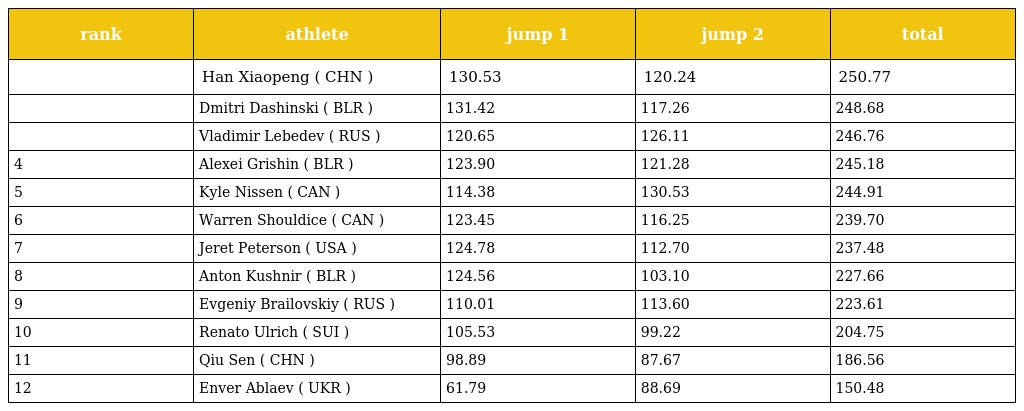
| rank | athlete | jump 1 | jump 2 | total |
 | --- | --- | --- | --- | --- |
 |  | Han Xiaopeng ( CHN ) | 130.53 | 120.24 | 250.77 |
 |  | Dmitri Dashinski ( BLR ) | 131.42 | 117.26 | 248.68 |
 |  | Vladimir Lebedev ( RUS ) | 120.65 | 126.11 | 246.76 |
 | 4 | Alexei Grishin ( BLR ) | 123.90 | 121.28 | 245.18 |
 | 5 | Kyle Nissen ( CAN ) | 114.38 | 130.53 | 244.91 |
 | 6 | Warren Shouldice ( CAN ) | 123.45 | 116.25 | 239.70 |
 | 7 | Jeret Peterson ( USA ) | 124.78 | 112.70 | 237.48 |
 | 8 | Anton Kushnir ( BLR ) | 124.56 | 103.10 | 227.66 |
 | 9 | Evgeniy Brailovskiy ( RUS ) | 110.01 | 113.60 | 223.61 |
 | 10 | Renato Ulrich ( SUI ) | 105.53 | 99.22 | 204.75 |
 | 11 | Qiu Sen ( CHN ) | 98.89 | 87.67 | 186.56 |
 | 12 | Enver Ablaev ( UKR ) | 61.79 | 88.69 | 150.48 |